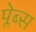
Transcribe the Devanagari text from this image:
प्लेब्स